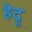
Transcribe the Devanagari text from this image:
हेद्रू